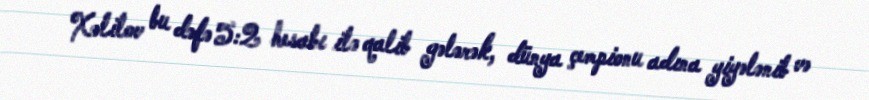
Xəlilov bu dəfə 5:2 hesabı ilə qalib gələrək, dünya çempionu adına yiyələnib və